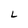
Character: L